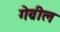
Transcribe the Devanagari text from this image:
गेब्रील